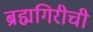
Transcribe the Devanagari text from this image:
ब्रह्मगिरीची